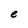
Character: e